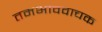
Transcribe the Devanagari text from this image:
तमभाववाचक